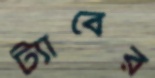
ট্যাবের